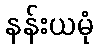
နန်းယမုံ